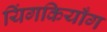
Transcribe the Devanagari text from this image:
यिंगकियाँग